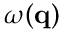
\omega ( \mathbf { q } )